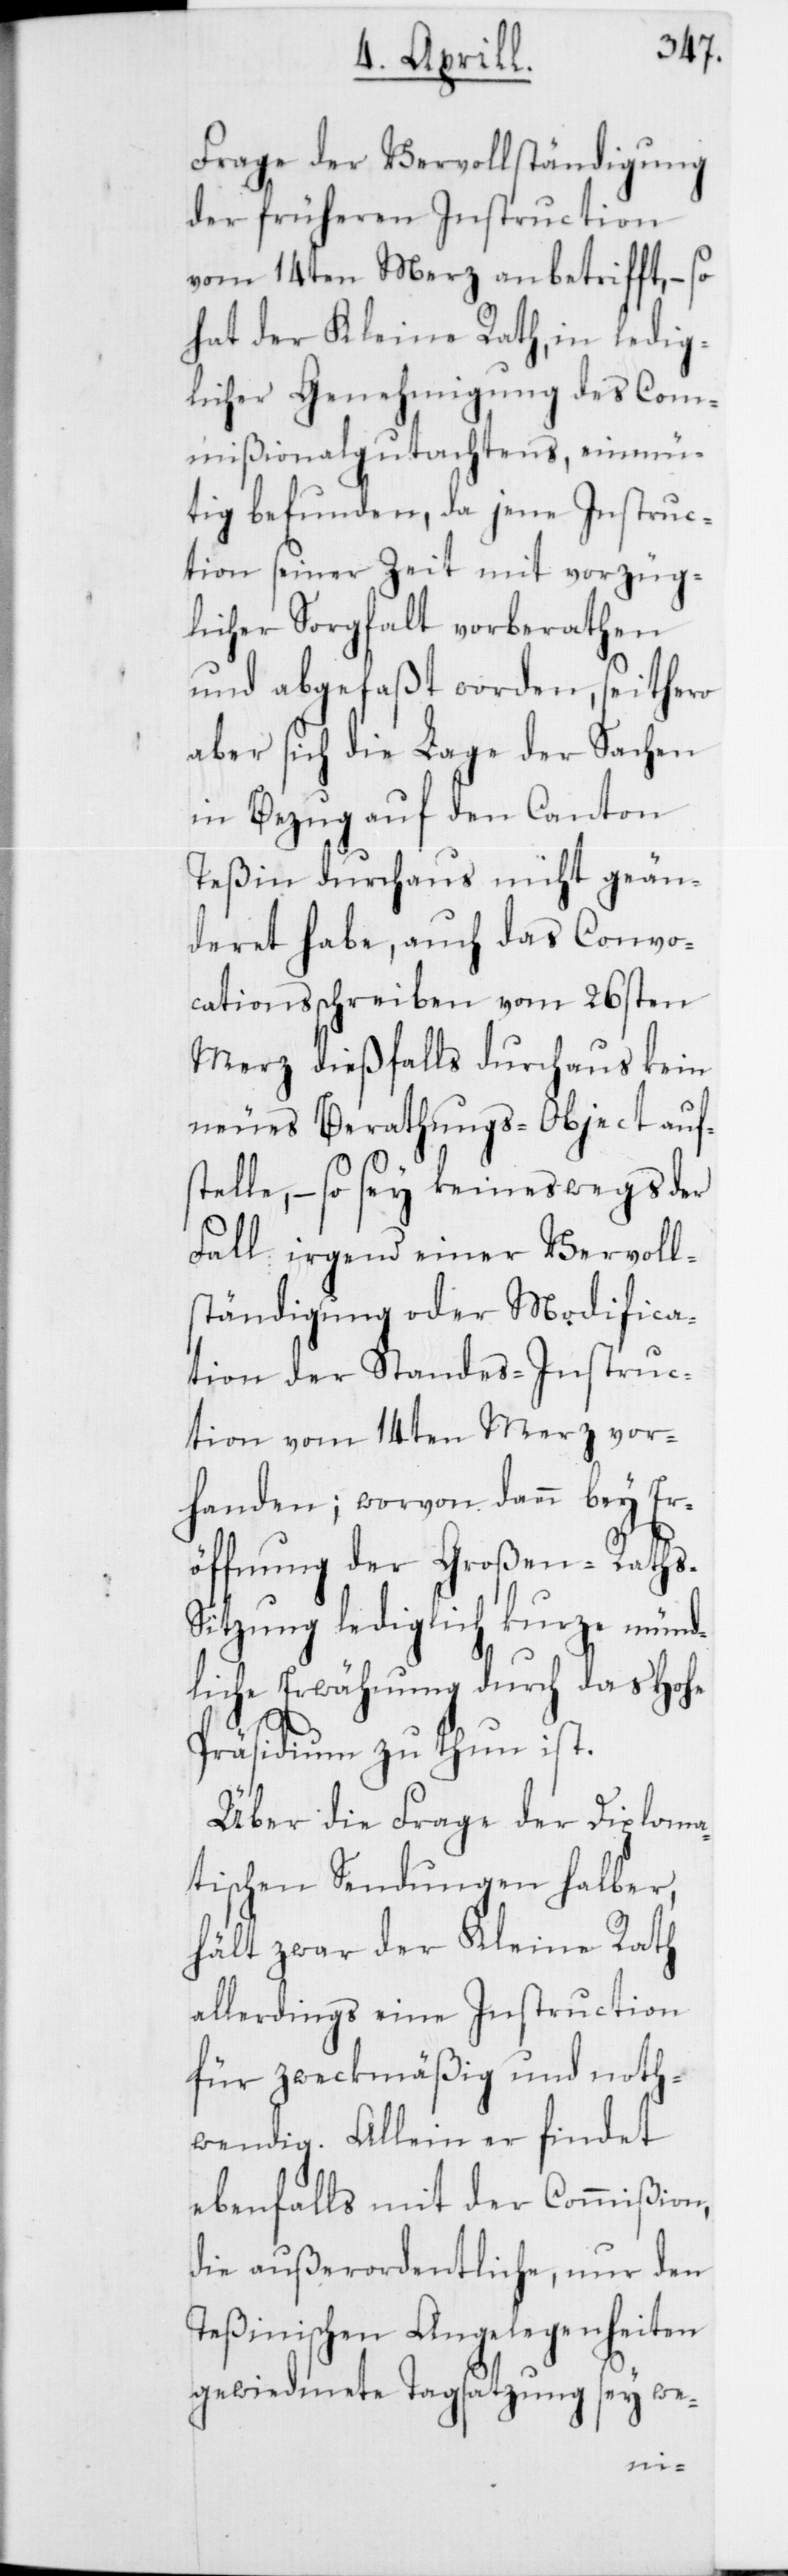
Frage der Vervollständigung
der früheren Instruction
vom 14ten Merz anbetrifft, – so
hat der Kleine Rath, in ledig¬
licher Genehmigung des Com¬
mißionalgutachtens, einmü¬
tig befunden, da jene Instruc¬
tion seiner Zeit mit vorzüg¬
licher Sorgfalt vorberathen
und abgefaßt worden, seithero
aber sich die Lage der Sachen
in Bezug auf den Canton
Teßin durchaus nicht geän¬
deret habe, auch das Convo¬
cationsschreiben vom 26sten
Merz dießfalls durchaus kein
neues Berathungs-Object auf¬
stelle, – so sey keineswegs der
Fall irgend einer Vervoll¬
ständigung oder Modifica¬
tion der Standes-Instruc¬
tion vom 14ten Merz vor¬
handen; worvon dann bey Er¬
öffnung der Großen-Rath¬
itzung lediglich kurze münd¬
liche Erwähnung durch das Hohe
Präsidium zu thun ist.
Über die Frage der Diploma¬
tischen Sendungen halber,
hält zwar der Kleine Rath
allerdings eine Instruction
für zweckmäßig und noth¬
wendig. Allein er findet
ebenfalls mit der Commißion,
die außerordentliche, nur den
Teßinischen Angelegenheiten
gewiedmete Tagsatzung sey we-
s-S¬